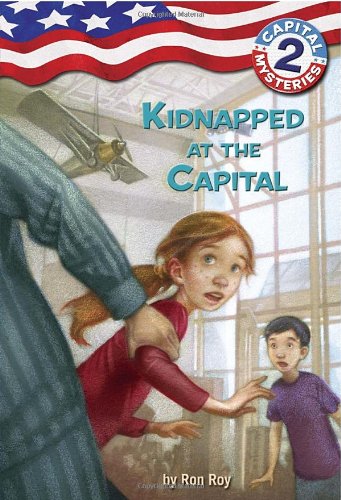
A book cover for Capital Mysteries #2: Kidnapped at the Capital (A Stepping Stone Book(TM)); Ron Roy; Children's Books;